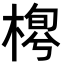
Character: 𣖼